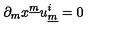
\partial _ { m } x ^ { \underline { { m } } } u _ { \underline { { m } } } ^ { i } = 0 \qquad